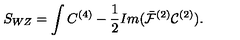
S _ { W Z } = \int C ^ { ( 4 ) } - \frac { 1 } { 2 } I m ( \bar { \cal F } ^ { ( 2 ) } { \cal C } ^ { ( 2 ) } ) .